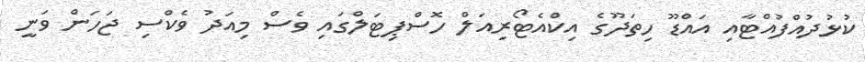
ކުޅުދުއްފުއްޓާއި އައްޑޫ ހިތަދޫގެ އިކްއެޓޯރިއަލް ހޮސްޕިޓަލްގައި ވެސް މިއަދު ވެކްސި ޖަހަން ވަނީ